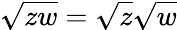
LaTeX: {\sqrt{zw}}={\sqrt{z}}{\sqrt{w}}